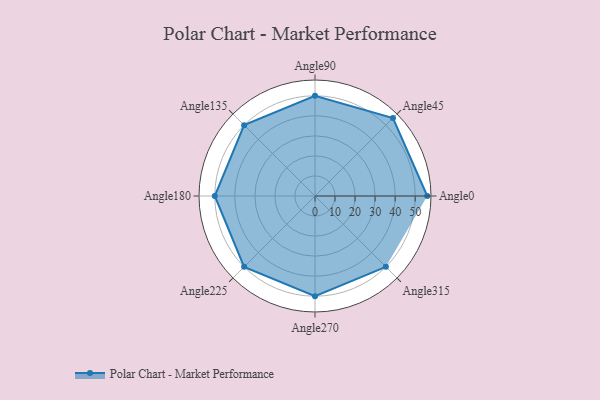
{"axis": {"x": "Angle", "y": "Radius"}, "legend": [""], "data": [{"x": "Angle0", "y": 56.0, "type": ""}, {"x": "Angle45", "y": 55.0, "type": ""}, {"x": "Angle90", "y": 50, "type": ""}, {"x": "Angle135", "y": 50, "type": ""}, {"x": "Angle180", "y": 50, "type": ""}, {"x": "Angle225", "y": 50, "type": ""}, {"x": "Angle270", "y": 50, "type": ""}, {"x": "Angle315", "y": 50, "type": ""}]}